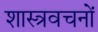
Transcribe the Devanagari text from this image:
शास्त्रवचनों